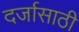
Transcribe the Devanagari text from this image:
दर्जासाठी